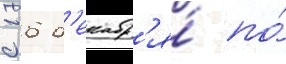
с 16 д'екабр'я́ по́